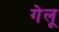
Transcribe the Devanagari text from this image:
गेलू